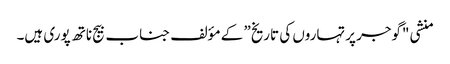
منشی "گوجر پرتہاروں کی تاریخ” کے مؤلف جناب بیج ناتھ پوری ہیں۔